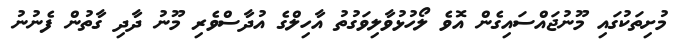
މުށިތަކުގައި މޫނުޖައްސައިގެން އޮވެ ލޯހުޅުވާލިވަގުތު އާހިލްގެ އުދާސްވެރި މޫނު ދާދި ގާތުން ފެނުނު